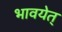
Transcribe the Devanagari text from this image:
भावयेत्‌